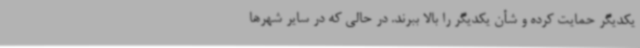
یکدیگر حمایت کرده و شأن یکدیگر را بالا ببرند. در حالی که در سایر شهرها